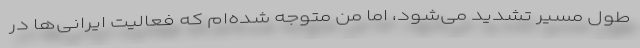
طول مسیر تشدید می‌شود، اما من متوجه شده‌ام که فعالیت‌ ایرانی‌ها در